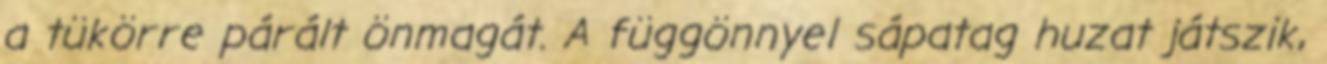
a tükörre párált önmagát. A függönnyel sápatag huzat játszik,